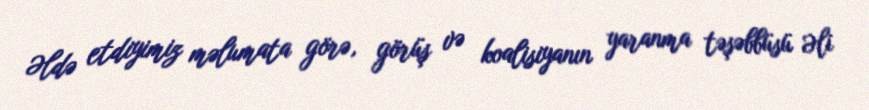
Əldə etdiyimiz məlumata görə, görüş və koalisiyanın yaranma təşəbbüsü Əli